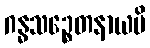
ဂန္ဓသဉ္စေတနာယပိ